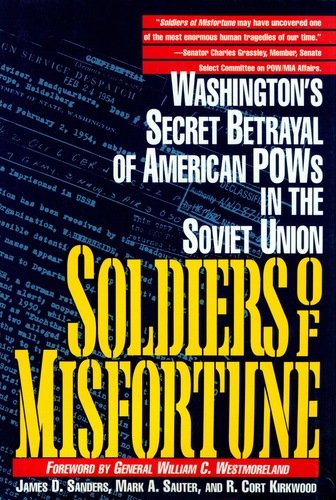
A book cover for Soldiers of Misfortune: Washington's Secret Betrayal of American POWs in the Soviet Union; James D. Sanders; History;